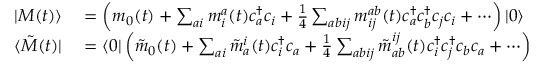
\begin{array} { r l } { \vert { M ( t ) } \rangle } & { { } = \left( m _ { 0 } ( t ) + \sum _ { a i } m _ { i } ^ { a } ( t ) c _ { a } ^ { \dagger } c _ { i } + \frac { 1 } { 4 } \sum _ { a b i j } m _ { i j } ^ { a b } ( t ) c _ { a } ^ { \dagger } c _ { b } ^ { \dagger } c _ { j } c _ { i } + \cdots \right) \vert { 0 } \rangle } \\ { \langle { \tilde { M } ( t ) } \vert } & { { } = \langle { 0 } \vert \left( \tilde { m } _ { 0 } ( t ) + \sum _ { a i } \tilde { m } _ { a } ^ { i } ( t ) c _ { i } ^ { \dagger } c _ { a } + \frac { 1 } { 4 } \sum _ { a b i j } \tilde { m } _ { a b } ^ { i j } ( t ) c _ { i } ^ { \dagger } c _ { j } ^ { \dagger } c _ { b } c _ { a } + \cdots \right) } \end{array}